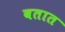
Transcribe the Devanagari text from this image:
बतात